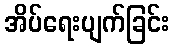
အိပ်ရေးပျက်ခြင်း